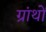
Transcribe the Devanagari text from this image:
ग्रांथों